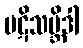
ပဋိသမ္ဘိဒါ